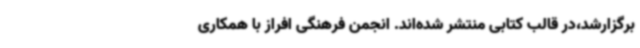
برگزارشد،در قالب کتابی منتشر شده‌اند. انجمن فرهنگی افراز با همکاری